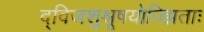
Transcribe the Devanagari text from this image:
द्विजशुश्रूषयोज्झिताः